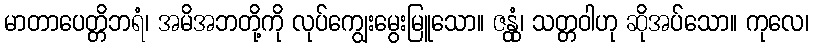
မာတာပေတ္တိဘရံ၊ အမိအဘတို့ကို လုပ်ကျွေးမွေးမြူသော။ ဇန္တုံ၊ သတ္တဝါဟု ဆိုအပ်သော။ ကုလေ၊